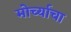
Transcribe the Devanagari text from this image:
मोर्च्याचा